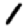
Digit: 1